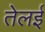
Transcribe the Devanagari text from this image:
तेलई